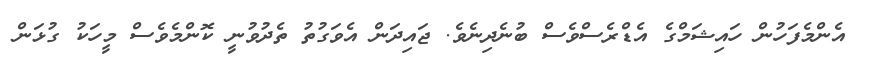
އެންމެފަހުން ހައިޝަމްގެ އެޑްރެސްވެސް ބުނެދިނެވެ. ޖައިދަން އެވަގުތު ތެދުވުނީ ކޮންމެވެސް މީހަކު ގުޅަން